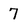
Character: 7